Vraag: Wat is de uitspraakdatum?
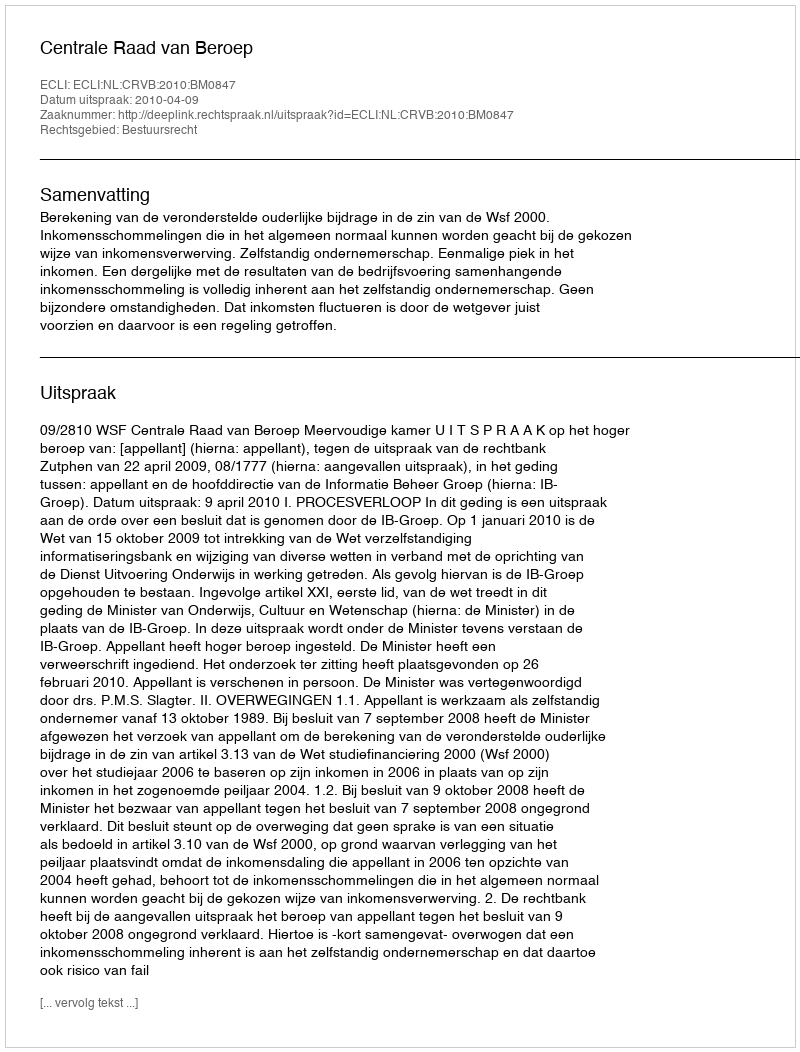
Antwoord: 2010-04-09